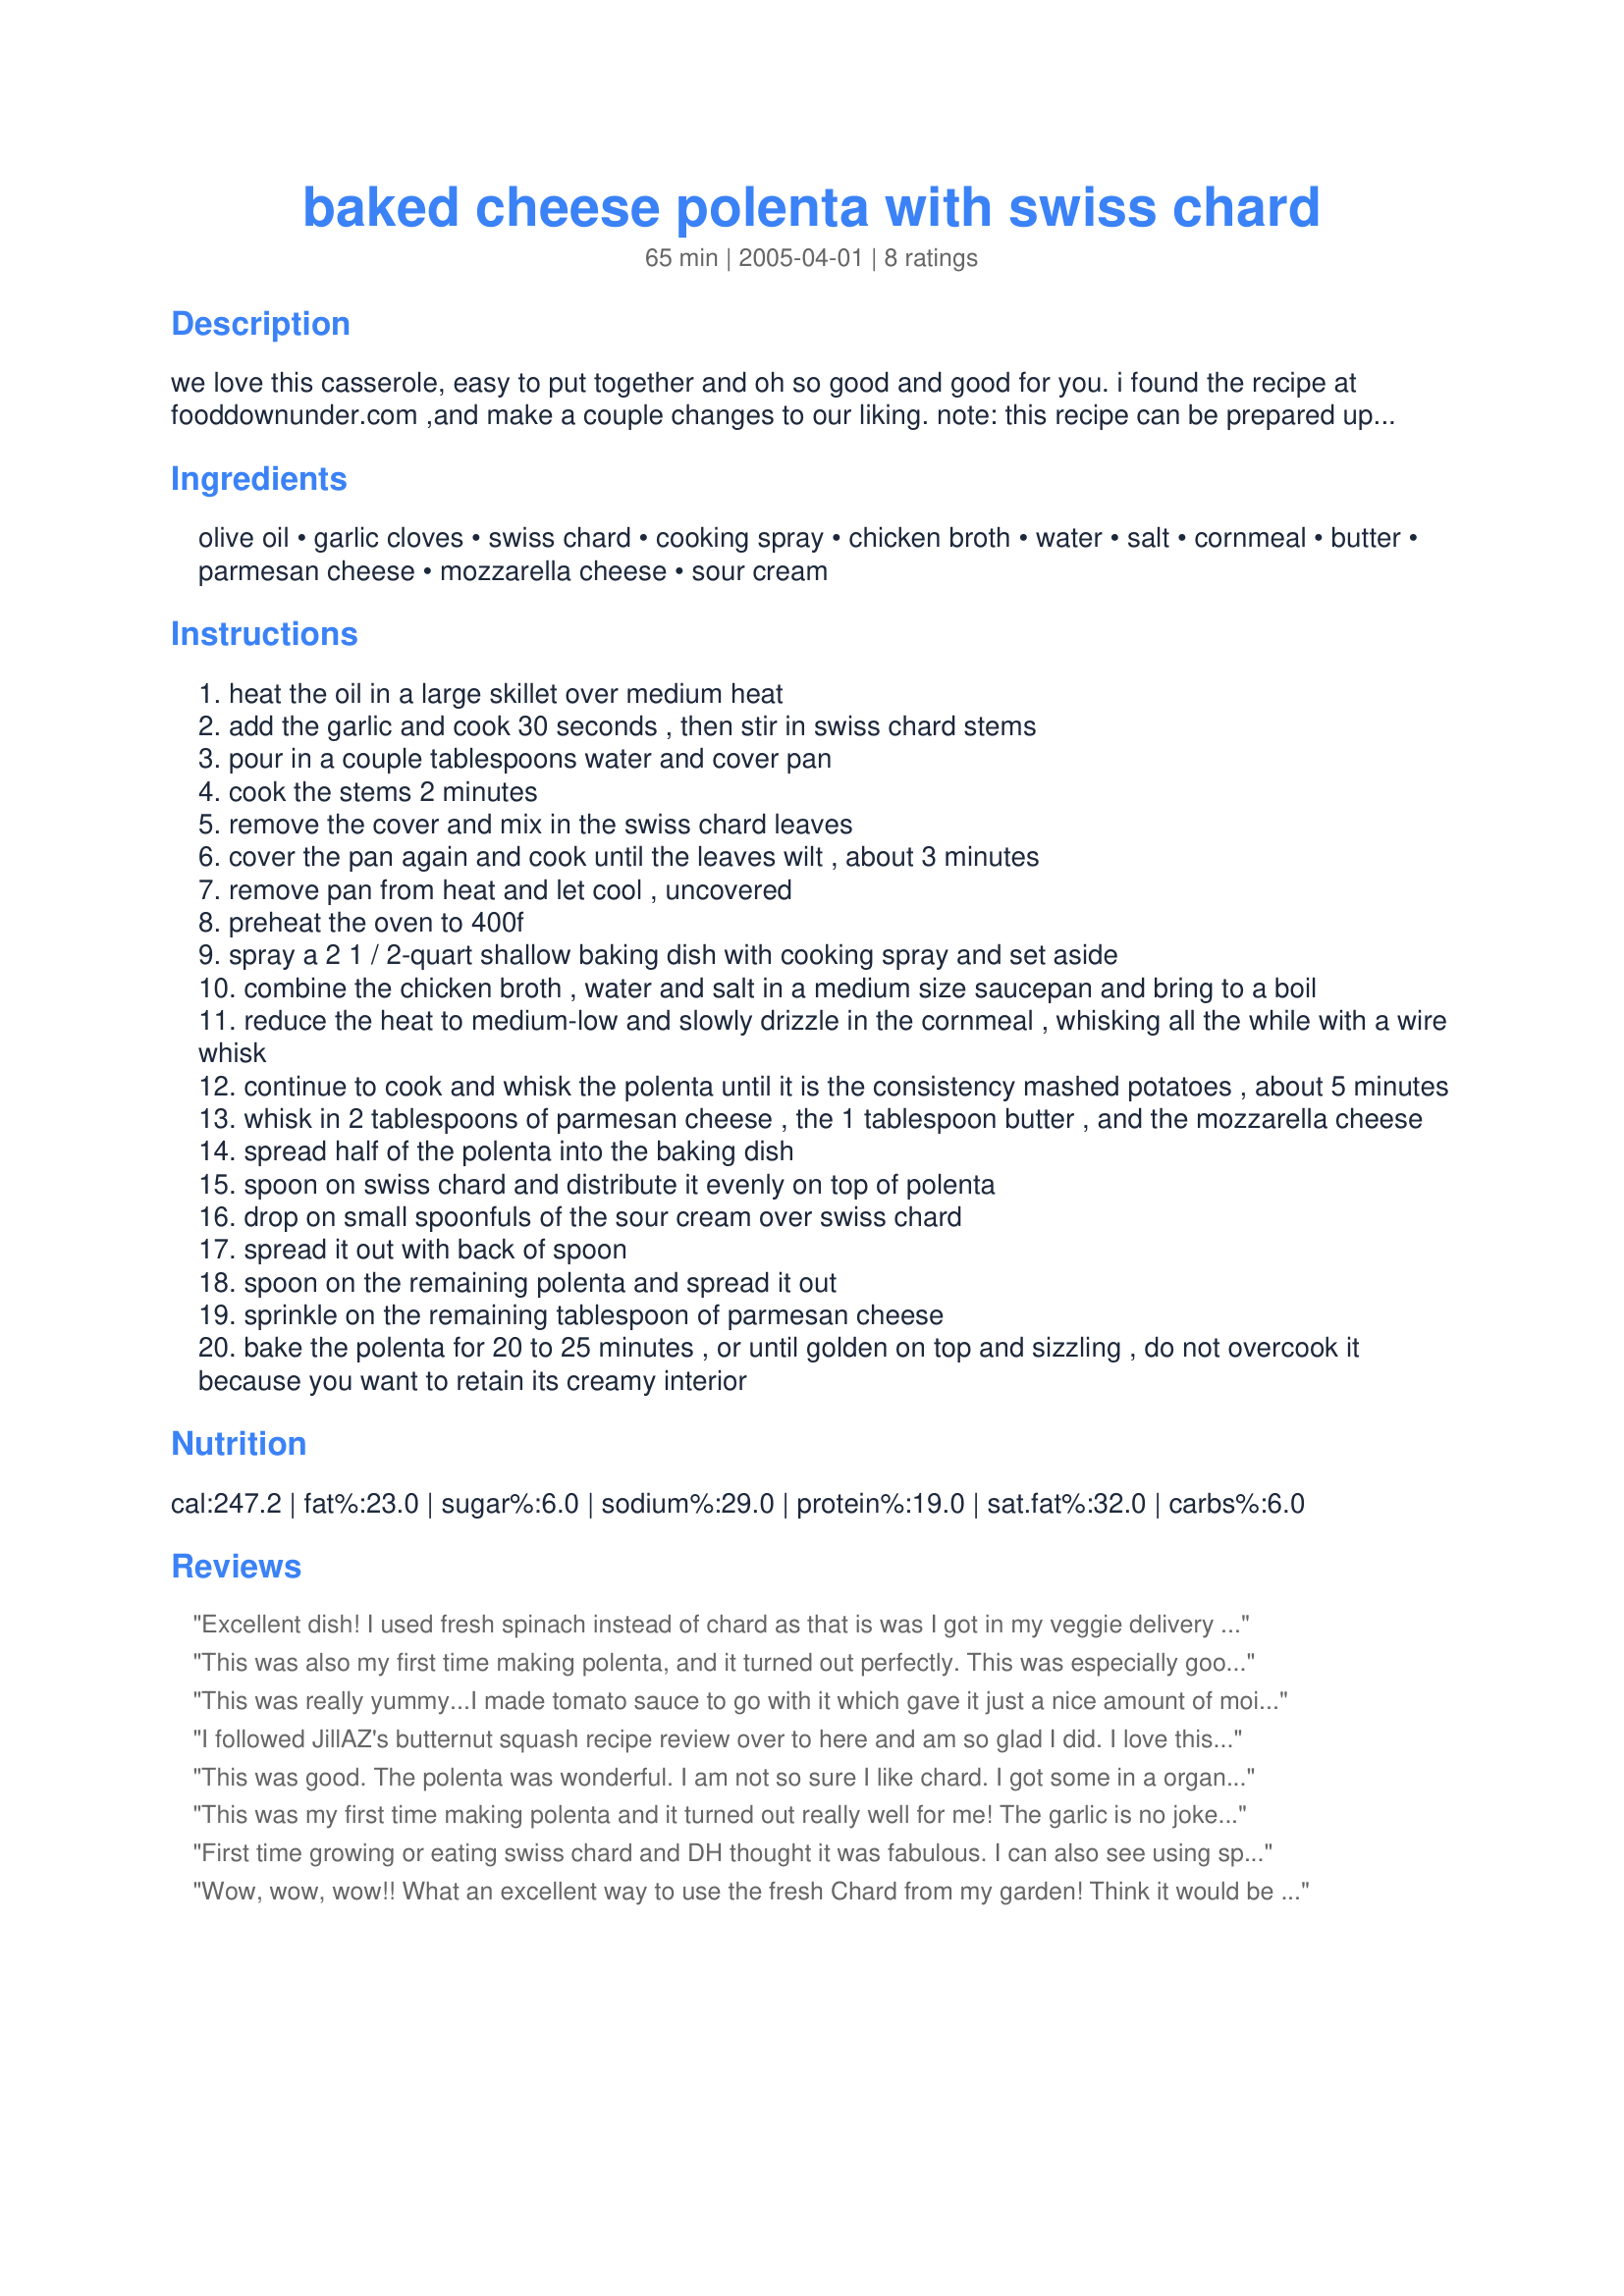
baked cheese polenta with swiss chard
Preparation time: 65 minutes

we love this casserole, easy to put together and oh so good and good for you. i found the recipe at fooddownunder.com ,and make a couple changes to our liking.
note: this recipe can be prepared up to 24 hours in advance.

Ingredients:
olive oil, garlic cloves, swiss chard, cooking spray, chicken broth, water, salt, cornmeal, butter, parmesan cheese, mozzarella cheese, sour cream

Steps:
heat the oil in a large skillet over medium heat
add the garlic and cook 30 seconds , then stir in swiss chard stems
pour in a couple tablespoons water and cover pan
cook the stems 2 minutes
remove the cover and mix in the swiss chard leaves
cover the pan again and cook until the leaves wilt , about 3 minutes
remove pan from heat and let cool , uncovered
preheat the oven to 400f
spray a 2 1 / 2-quart shallow baking dish with cooking spray and set aside
combine the chicken broth , water and salt in a medium size saucepan and bring to a boil
reduce the heat to medium-low and slowly drizzle in the cornmeal , whisking all the while with a wire whisk
continue to cook and whisk the polenta until it is the consistency mashed potatoes , about 5 minutes
whisk in 2 tablespoons of parmesan cheese , the 1 tablespoon butter , and the mozzarella cheese
spread half of the polenta into the baking dish
spoon on swiss chard and distribute it evenly on top of polenta
drop on small spoonfuls of the sour cream over swiss chard
spread it out with back of spoon
spoon on the remaining polenta and spread it out
sprinkle on the remaining tablespoon of parmesan cheese
bake the polenta for 20 to 25 minutes , or until golden on top and sizzling , do not overcook it because you want to retain its creamy interior

Reviews:
Excellent dish! I used fresh spinach instead of chard as that is was I got in my veggie delivery this week. Simple to put together and is wonderful with a creamy interior and crispy top. I served with #82508 Herb-Roasted Butternut Squash and sausages for a great dinner. Thanks for a yummy recipe!
This was also my first time making polenta, and it turned out perfectly. This was especially good served alongside the beef stew I made. I love the addition of swiss chard as well, as it makes the dish more nutritious. Thanks for sharing!
This was really yummy...I made tomato sauce to go with it which gave it just a nice amount of moisture.
I followed JillAZ's butternut squash recipe review over to here and am so glad I did. I love this recipe! All 7 of my family, ages 8mo, 3, 8, 10, 13, 35, and37, loved it as well even though I am the only spinach eater in the family. (I couldn't find swiss chard so I substituted spinach.) It was suprisingly easy to put together. I can't wait to have it again. I even blogged about it! www.longramblings.blogspot.com
This was good. The polenta was wonderful. I am not so sure I like chard. I got some in a organic food delivery and tried it this way. I think this would work with other greens (especially spinach or arugula).
This was my first time making polenta and it turned out really well for me! The garlic is no joke and will make your house smell fabulous! I used half rainbow chard and half spinach, with excellent results (I left out most of the stems, uncertain of the texture I might end up with). Next time I'm not sure I'll do the sour cream, as I'm not sure what it added to the dish, with the exception of extra calories. I served this with Kittencal's Pizza Sauce and it was fantastic! Like a veggie lasagna, but lighter, and without the noodles. Our guest even licked her plate (looking sheepish, but she still did it). I take that as a compliment, and highly recommend serving this with some kind of sauce... I also think a spaghetti-like meat sauce would go really well with this dish. Thanks for posting!
First time growing or eating swiss chard and DH thought it was fabulous. I can also see using spinach when all the swiss chard is gone. Loved it.
Wow, wow, wow!! What an excellent way to use the fresh Chard from my garden! Think it would be a great holiday side dish. Thanks!!
